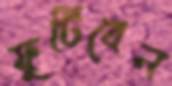
ফুটিবেন